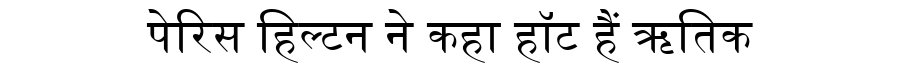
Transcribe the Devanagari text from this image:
पेरिस हिल्टन ने कहा हॉट हैं ऋतिक